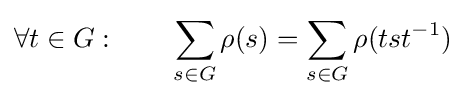
\forall t\in G:\qquad \sum _{s\in G}\rho (s)=\sum _{s\in G}\rho (tst^{-1})